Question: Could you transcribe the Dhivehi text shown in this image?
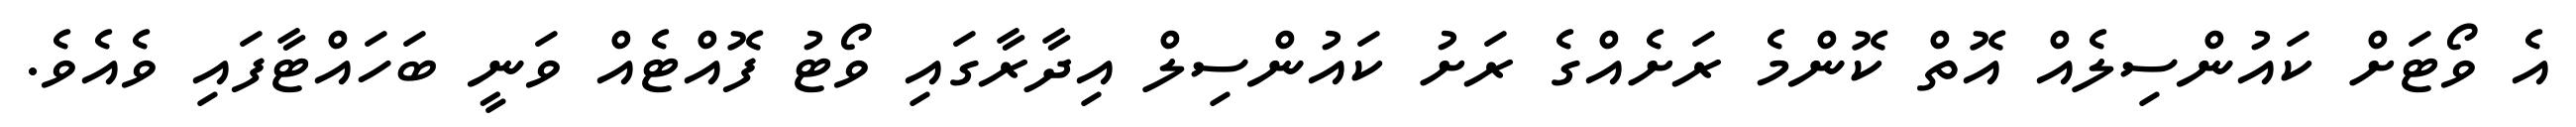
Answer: އެ ވޯޓަށް ކައުންސިލެއް އޮތް ކޮންމެ ރަށެއްގެ ރަށު ކައުންސިލް އިދާރާގައި ވޯޓު ފޮއްޓެއް ވަނީ ބަހައްޓާފައި ވެއެވެ.